Document type: Sale
Year: 1499
Scribe: Joan Martínez de Sòria
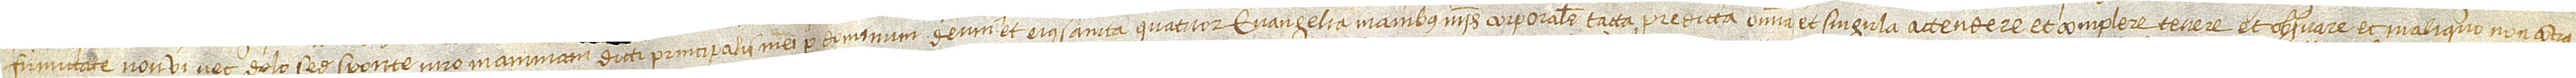
firmitate, non vi nec dolo, sed sponte, iuro in animam dicti principalis mei per Dominum Deum et eius sancta quatuor Evangelia, manibus meis corporaliter tacta, predicta  omnia et singula attendere et complere, tenere et observare et in aliquo non contra-